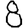
Digit: 8